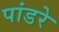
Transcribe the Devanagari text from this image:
पांडरे